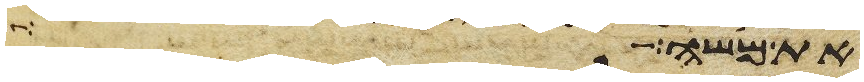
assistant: את משה